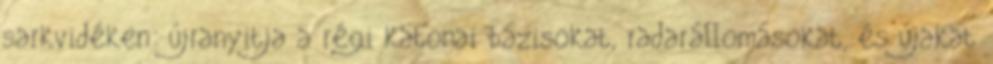
sarkvidéken: újranyitja a régi katonai bázisokat, radarállomásokat, és újakat